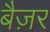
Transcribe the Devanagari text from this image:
बैज़र